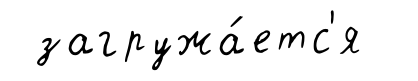
загружа́етс'я